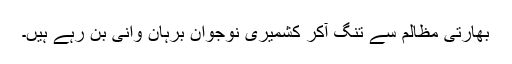
بھارتی مظالم سے تنگ آکر کشمیری نوجوان برہان وانی بن رہے ہیں۔